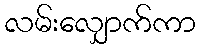
လမ်းလျှောက်ကာ